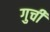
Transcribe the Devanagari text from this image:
गुची